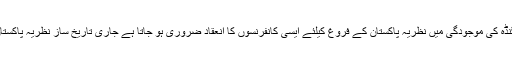
نظریہ پاکستان کے خلاف اس مذموم اور بے بنیاد پراپیگنڈہ کی موجودگی میں نظریہ پاکستان کے فروغ کیلئے ایسی کانفرنسوں کا انعقاد ضروری ہو جاتا ہے جاری تاریخ ساز نظریہ پاکستان کانفرنس کا انعقاد لاہور میں تیسری مرتبہ کیا گیا ہے۔